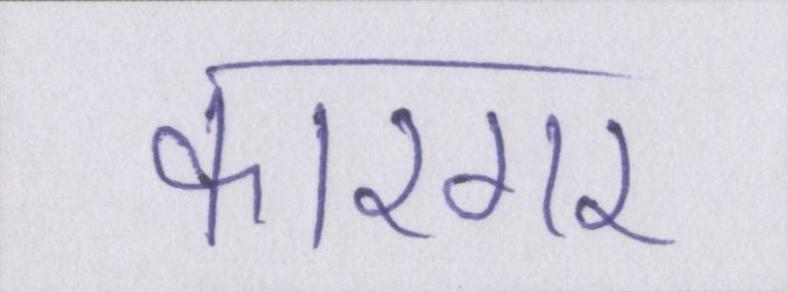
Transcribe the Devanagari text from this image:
कारगर